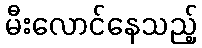
မီးလောင်နေသည့်